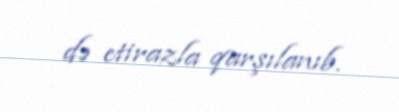
də etirazla qarşılanıb.